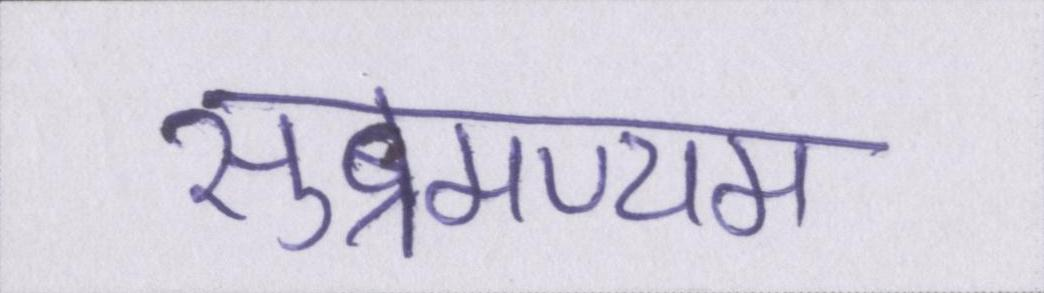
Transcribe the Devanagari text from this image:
सुब्रमण्यम